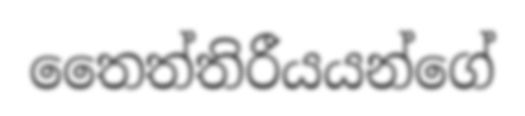
තෛත්තිරීයයන්ගේ